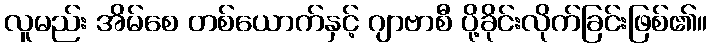
လူမည်း အိမ်စေ တစ်ယောက်နှင့် ဂျာဗာစီ ပို့ခိုင်းလိုက်ခြင်းဖြစ်၏။